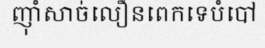
ញ៉ាំសាច់លឿនពេកទេបំបៅ